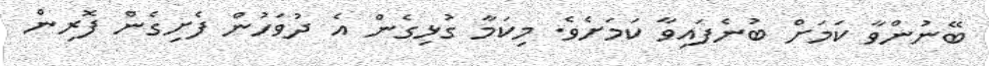
ބޭނުންވާ ކަމަށް ބުނެފައިވާ ކަމަށެވެ. މިކަމާ ގުޅިގެން އެ ދުވަހުން ފެށިގެން ފޮރިން